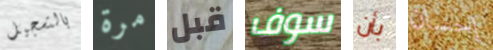
بالتسجيل مرة قبل سوف بأن إحسان